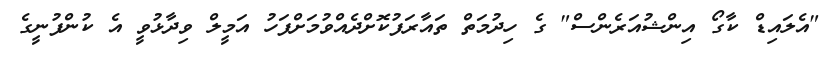
"އެލައިޑް ކާގޯ އިންޝުއަރެންސް" ގެ ހިދުމަތް ތައާރަފުކޮށްދެއްވުމަށްފަހު އަމީލް ވިދާޅުވީ އެ ކުންފުނީގެ